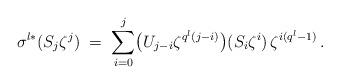
LaTeX: \begin{align*}\sigma^{l\ast}(S_j \zeta^{j})\; = \; \sum_{i=0}^j \bigl(U_{j-i} \zeta^{q^l(j-i)}\bigr)(S_i \zeta^{i}) \,\zeta^{i(q^l-1)}\,.\end{align*}